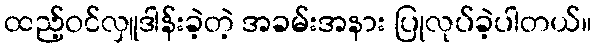
ထည့်ဝင်လှူဒါန်းခဲ့တဲ့ အခမ်းအနား ပြုလုပ်ခဲ့ပါတယ်။